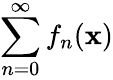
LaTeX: \sum\limits_{n=0}^{\infty}f_{n}(\mathbf{x})